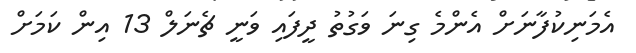
އެމަނިކުފާނަށް އެންމެ ގިނަ ވަގުތު ދީފައި ވަނީ ޗެނަލް 13 އިން ކަމަށް